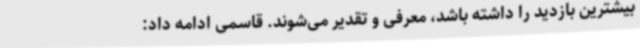
بیشترین بازدید را داشته باشد، معرفی و تقدیر می‌شوند. قاسمی ادامه داد: